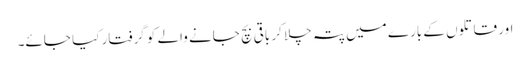
اور قاتلوں کے بارے میں پتہ چلا کر باقی بچ جانے والے کو گرفتار کیا جائے۔